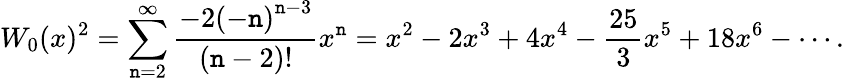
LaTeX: W_{0}(x)^{2}=\sum_{\mathtt{n}=2}^{\infty}{\frac{{-2\left(-\mathtt{n}\right)^{\mathtt{n}-3}}}{{(\mathtt{n}-2)!}}}x^{\mathtt{n}}=x^{2}-2x^{3}+4x^{4}-{\frac{{25}}{{3}}}x^{5}+18x^{6}-\cdots.